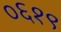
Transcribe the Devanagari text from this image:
०६१९